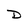
Character: D